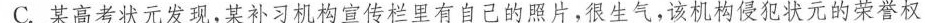
C.某高考状元发现，某补习机构宣传栏里有自己的照片，很生气，该机构侵犯状元的荣誉权